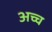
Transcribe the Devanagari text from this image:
अच्च